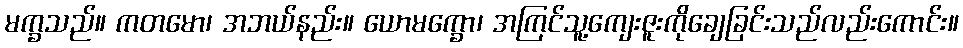
မက္ခသည်။ ကတမော၊ အဘယ်နည်း။ ယောမက္ခော၊ အကြင်သူ့ကျေးဇူးကိုချေခြင်းသည်လည်းကောင်း။